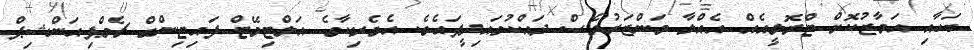
ބަހާއި އަމާޒުކޮށް ޓްރޮލީއެއް އެއްލާ މަންޒަރުވެސް ދައްކުވައިދީފައެވެ. އެމެރިކާގެ އަލްޓިމޭޓް ފައިޓިންގް ޗެމްޕިއަންޝިޕް